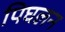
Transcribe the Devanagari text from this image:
पिघलन